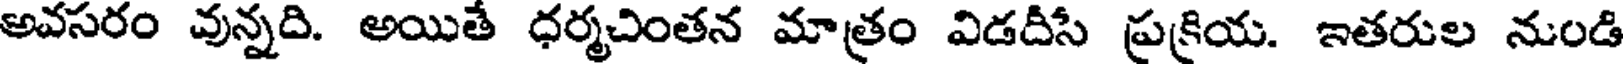
అవసరం వున్నది. అయితే ధర్మచింతన మాత్రం విడదీసే ప్రక్రియ. ఇతరుల నుండి